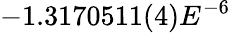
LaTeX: -1.3170511(4)E^{-6}